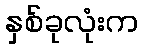
နှစ်ခုလုံးက